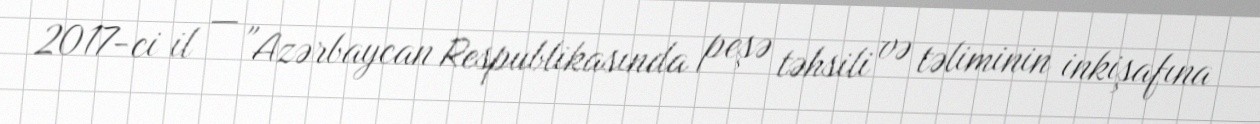
2017-ci il — "Azərbaycan Respublikasında peşə təhsili və təliminin inkişafına